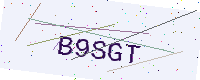
Text: B9SGT